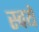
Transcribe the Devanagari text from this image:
स्वये